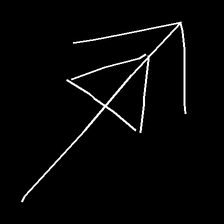
Glyph: pull